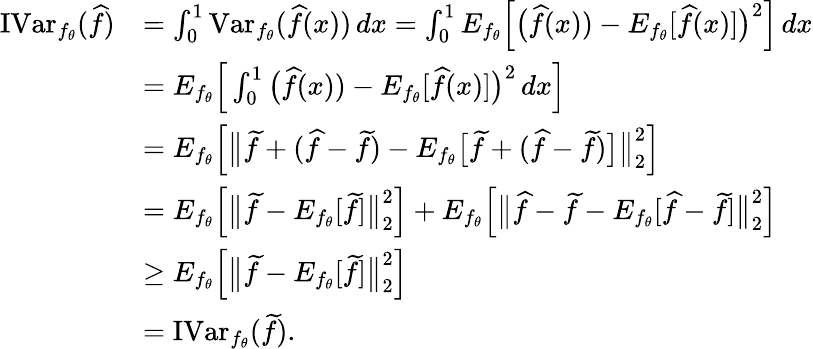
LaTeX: \begin{array}{rl}{\operatorname{IVar}_{f_{\theta}}(\widehat f)}&{=\int_{0}^{1}\operatorname{Var}_{f_{\theta}}(\widehat f(x))\, dx=\int_{0}^{1}E_{f_{\theta}}\Big[\big(\widehat f(x))-E_{f_{\theta}}[\widehat f(x)]\big)^{2}\Big]\, dx}\\ &{=E_{f_{\theta}}\Big[\int_{0}^{1}\big(\widehat f(x))-E_{f_{\theta}}[\widehat f(x)]\big)^{2}\, dx\Big]}\\ &{=E_{f_{\theta}}\Big[\big\| \widetilde f+(\widehat f-\widetilde f)-E_{f_{\theta}}\big[\widetilde f+(\widehat f-\widetilde f)\big]\big\| _{2}^{2}\Big]}\\ &{=E_{f_{\theta}}\Big[\big\| \widetilde f-E_{f_{\theta}}[\widetilde f]\big\| _{2}^{2}\Big]+E_{f_{\theta}}\Big[\big\| \widehat f-\widetilde f-E_{f_{\theta}}[\widehat f-\widetilde f]\big\| _{2}^{2}\Big]}\\ &{\geq E_{f_{\theta}}\Big[\big\| \widetilde f-E_{f_{\theta}}[\widetilde f]\big\| _{2}^{2}\Big]}\\ &{=\operatorname{IVar}_{f_{\theta}}(\widetilde f).}\end{array}